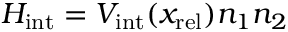
H _ { \mathrm { i n t } } = V _ { \mathrm { i n t } } ( x _ { \mathrm { r e l } } ) n _ { 1 } n _ { 2 }